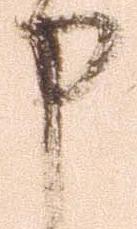
申